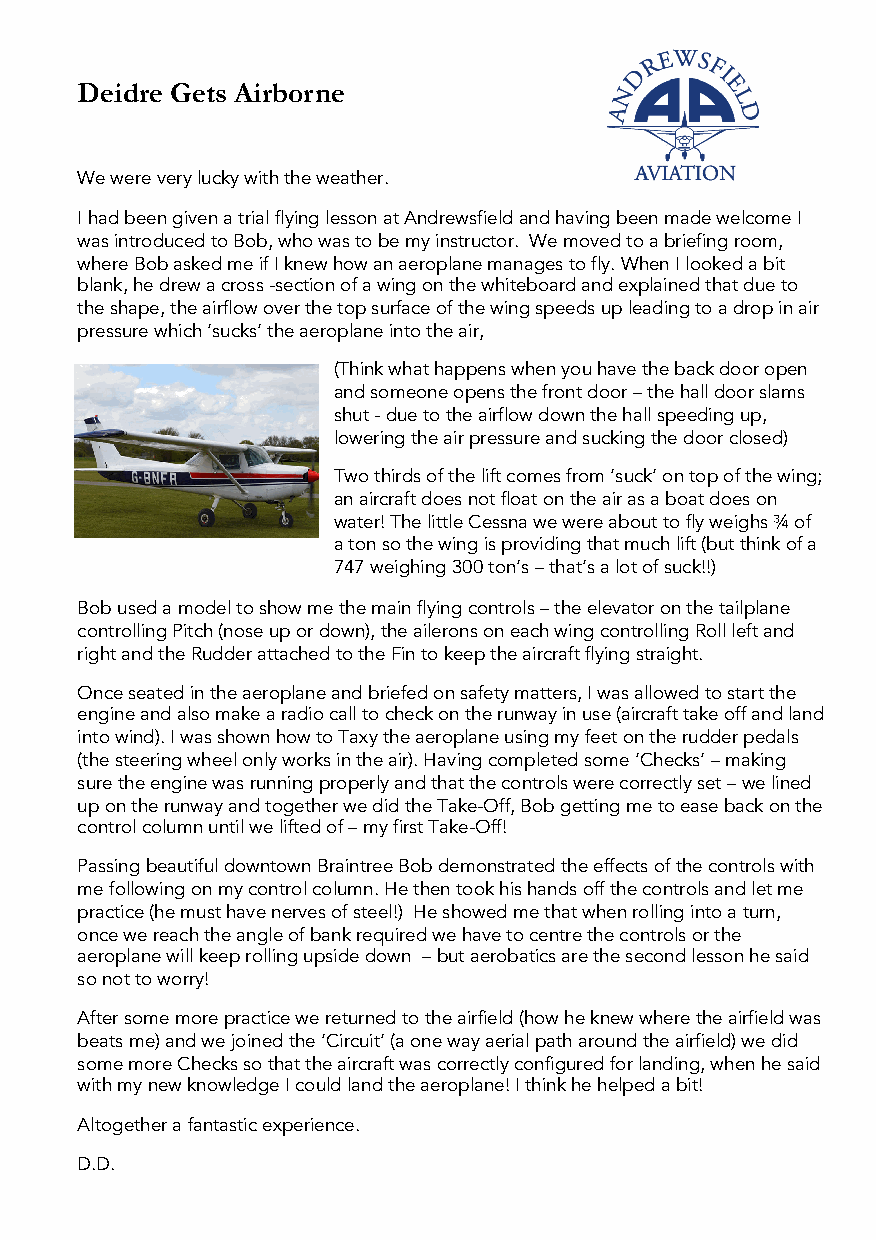
Deidre Gets Airborne
 We were very lucky with the weather.
 I had been given a trial flying lesson at Andrewsfieldand having been made welcome I
 was introduced to Bob, who was to be my instructor. We moved to a briefing room,
 where Bob asked me if I knew how an aeroplane manages to fly. When I looked a bit
 blank, he drew a cross -section of a wing on the whiteboard and explained that due to
 the shape, the airflow over the top surface of the wing speeds up leading to a drop in air
 pressure which ‘sucks’ the aeroplane into the air,
 (Think what happens when you have the back door open
 and someone opens the front door –the hall door slams
 shut -due to the airflow down the hall speeding up,
 lowering the air pressure and sucking the door closed)
 Two thirds of the lift comes from ‘suck’ on top of the wing;
 an aircraft does not float on the air as a boat does on
 water! The little Cessna we were about to fly weighs ¾ of
 a ton so the wing is providing that much lift (but think of a
 747 weighing 300 ton’s –that’s a lot of suck!!)
 Bob used a model to show me the main flying controls –the elevator on the tailplane
 controlling Pitch (nose up or down), the ailerons on each wing controlling Roll left and
 right and the Rudder attached to the Fin to keep the aircraft flying straight.
 Once seated in the aeroplane and briefed on safety matters, I was allowed to start the
 engine and also make a radio call to check on the runway in use (aircraft take off and land
 into wind). I was shown how to Taxy the aeroplane using my feet on the rudder pedals
 (the steering wheel only works in the air). Having completed some ‘Checks’ –making
 sure the engine was running properly and that the controls were correctly set –we lined
 up on the runway and together we did the Take-Off, Bob getting me to ease back on the
 control column until we lifted of –my first Take-Off!
 Passing beautiful downtown Braintree Bob demonstrated the effects of the controls with
 me following on my control column. He then took his hands off the controls and let me
 practice (he must have nerves of steel!) He showed me that when rolling into a turn,
 once we reach the angle of bank required we have to centre the controls or the
 aeroplane will keep rolling upside down –but aerobatics are the second lesson he said
 so not to worry!
 After some more practice we returned to the airfield (how he knew where the airfield was
 beats me) and we joined the ‘Circuit’ (a one way aerial path around the airfield) we did
 some more Checks so that the aircraft was correctly configured for landing, when he said
 with my new knowledge I could land the aeroplane! I think he helped a bit!
 Altogether a fantastic experience.
 D.D.